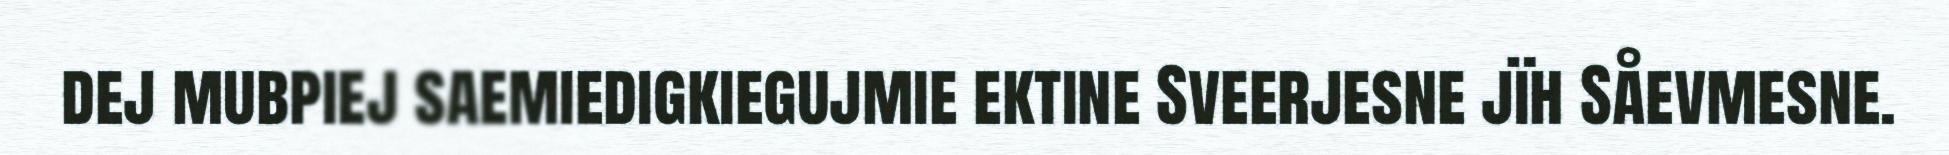
dej mubpiej saemiedigkiegujmie ektine Sveerjesne jïh Såevmesne.